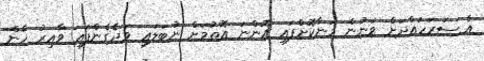
އެ ސަރަހައްދަށް ވަނުން މަނާކޮށްފައި އޮންނަ އޮތުމަށް ނުބަލައި ވަދެގެންފައި ވާއިރު ޚާން